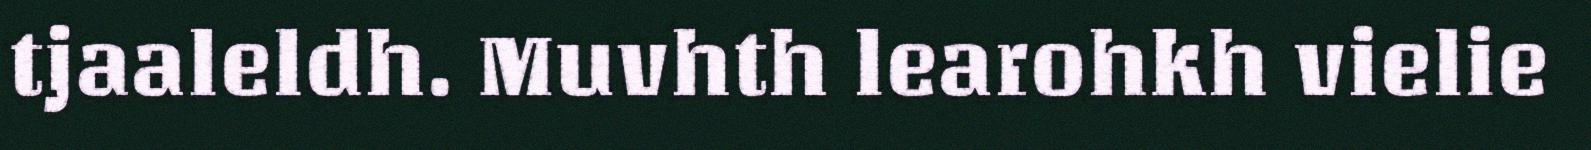
tjaaleldh. Muvhth learohkh vielie